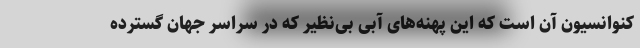
کنوانسیون آن است که این پهنه‌های آبی بی‌نظیر که در سراسر جهان گسترده